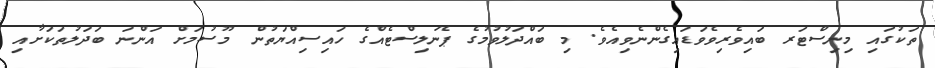
ތަކުގައި މިނިސްޓަރ ބައިވެރިވެވަޑައިގެންނެވިއެވެ. މި ބައްދަލުވުމުގެ ޕެނަލިސްޓެއްގެ ހައިސިއްޔަތުން މޫސުމަށް އަންނަ ބަދަލުތަކަށާއި